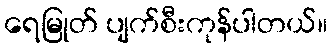
ရေမြုတ် ပျက်စီးကုန်ပါတယ်။